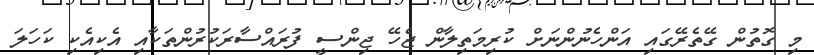
މި ގޮތުން ގޭތެރޭގައި އަންހެނުންނަށް ކުރިމަތިލާން ޖެހޭ ޖިންސީ ފުރައްސާރަކުރުންތަކާއި އެކިއެކި ކަހަލަ